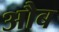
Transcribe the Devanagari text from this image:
औब